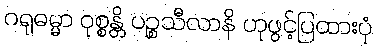
ဂရုဓမ္မာ ဝုစ္စန္တိ ပဉ္စသီလာနိ ဟုဖွင့်ပြထားပုံ